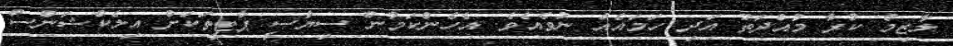
ލާޒިމް ކުރާ މުއްދަތު އަދި ހަމައެއް ނުވެއެވެ. އެހެންކަމުން ސިޔާސީ ޕާޓީތަކަށް އިލެކްޝަންސް